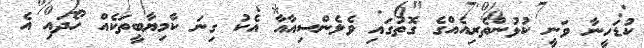
ކުޑަހީނާ ވަނީ ކުޅުންތެރިއެއްގެ ގޮތުގައި ވެލެންސިއާއާ އެކު ގިނަ ކާމިޔާބީތަކެއް ހޯދައި އެ